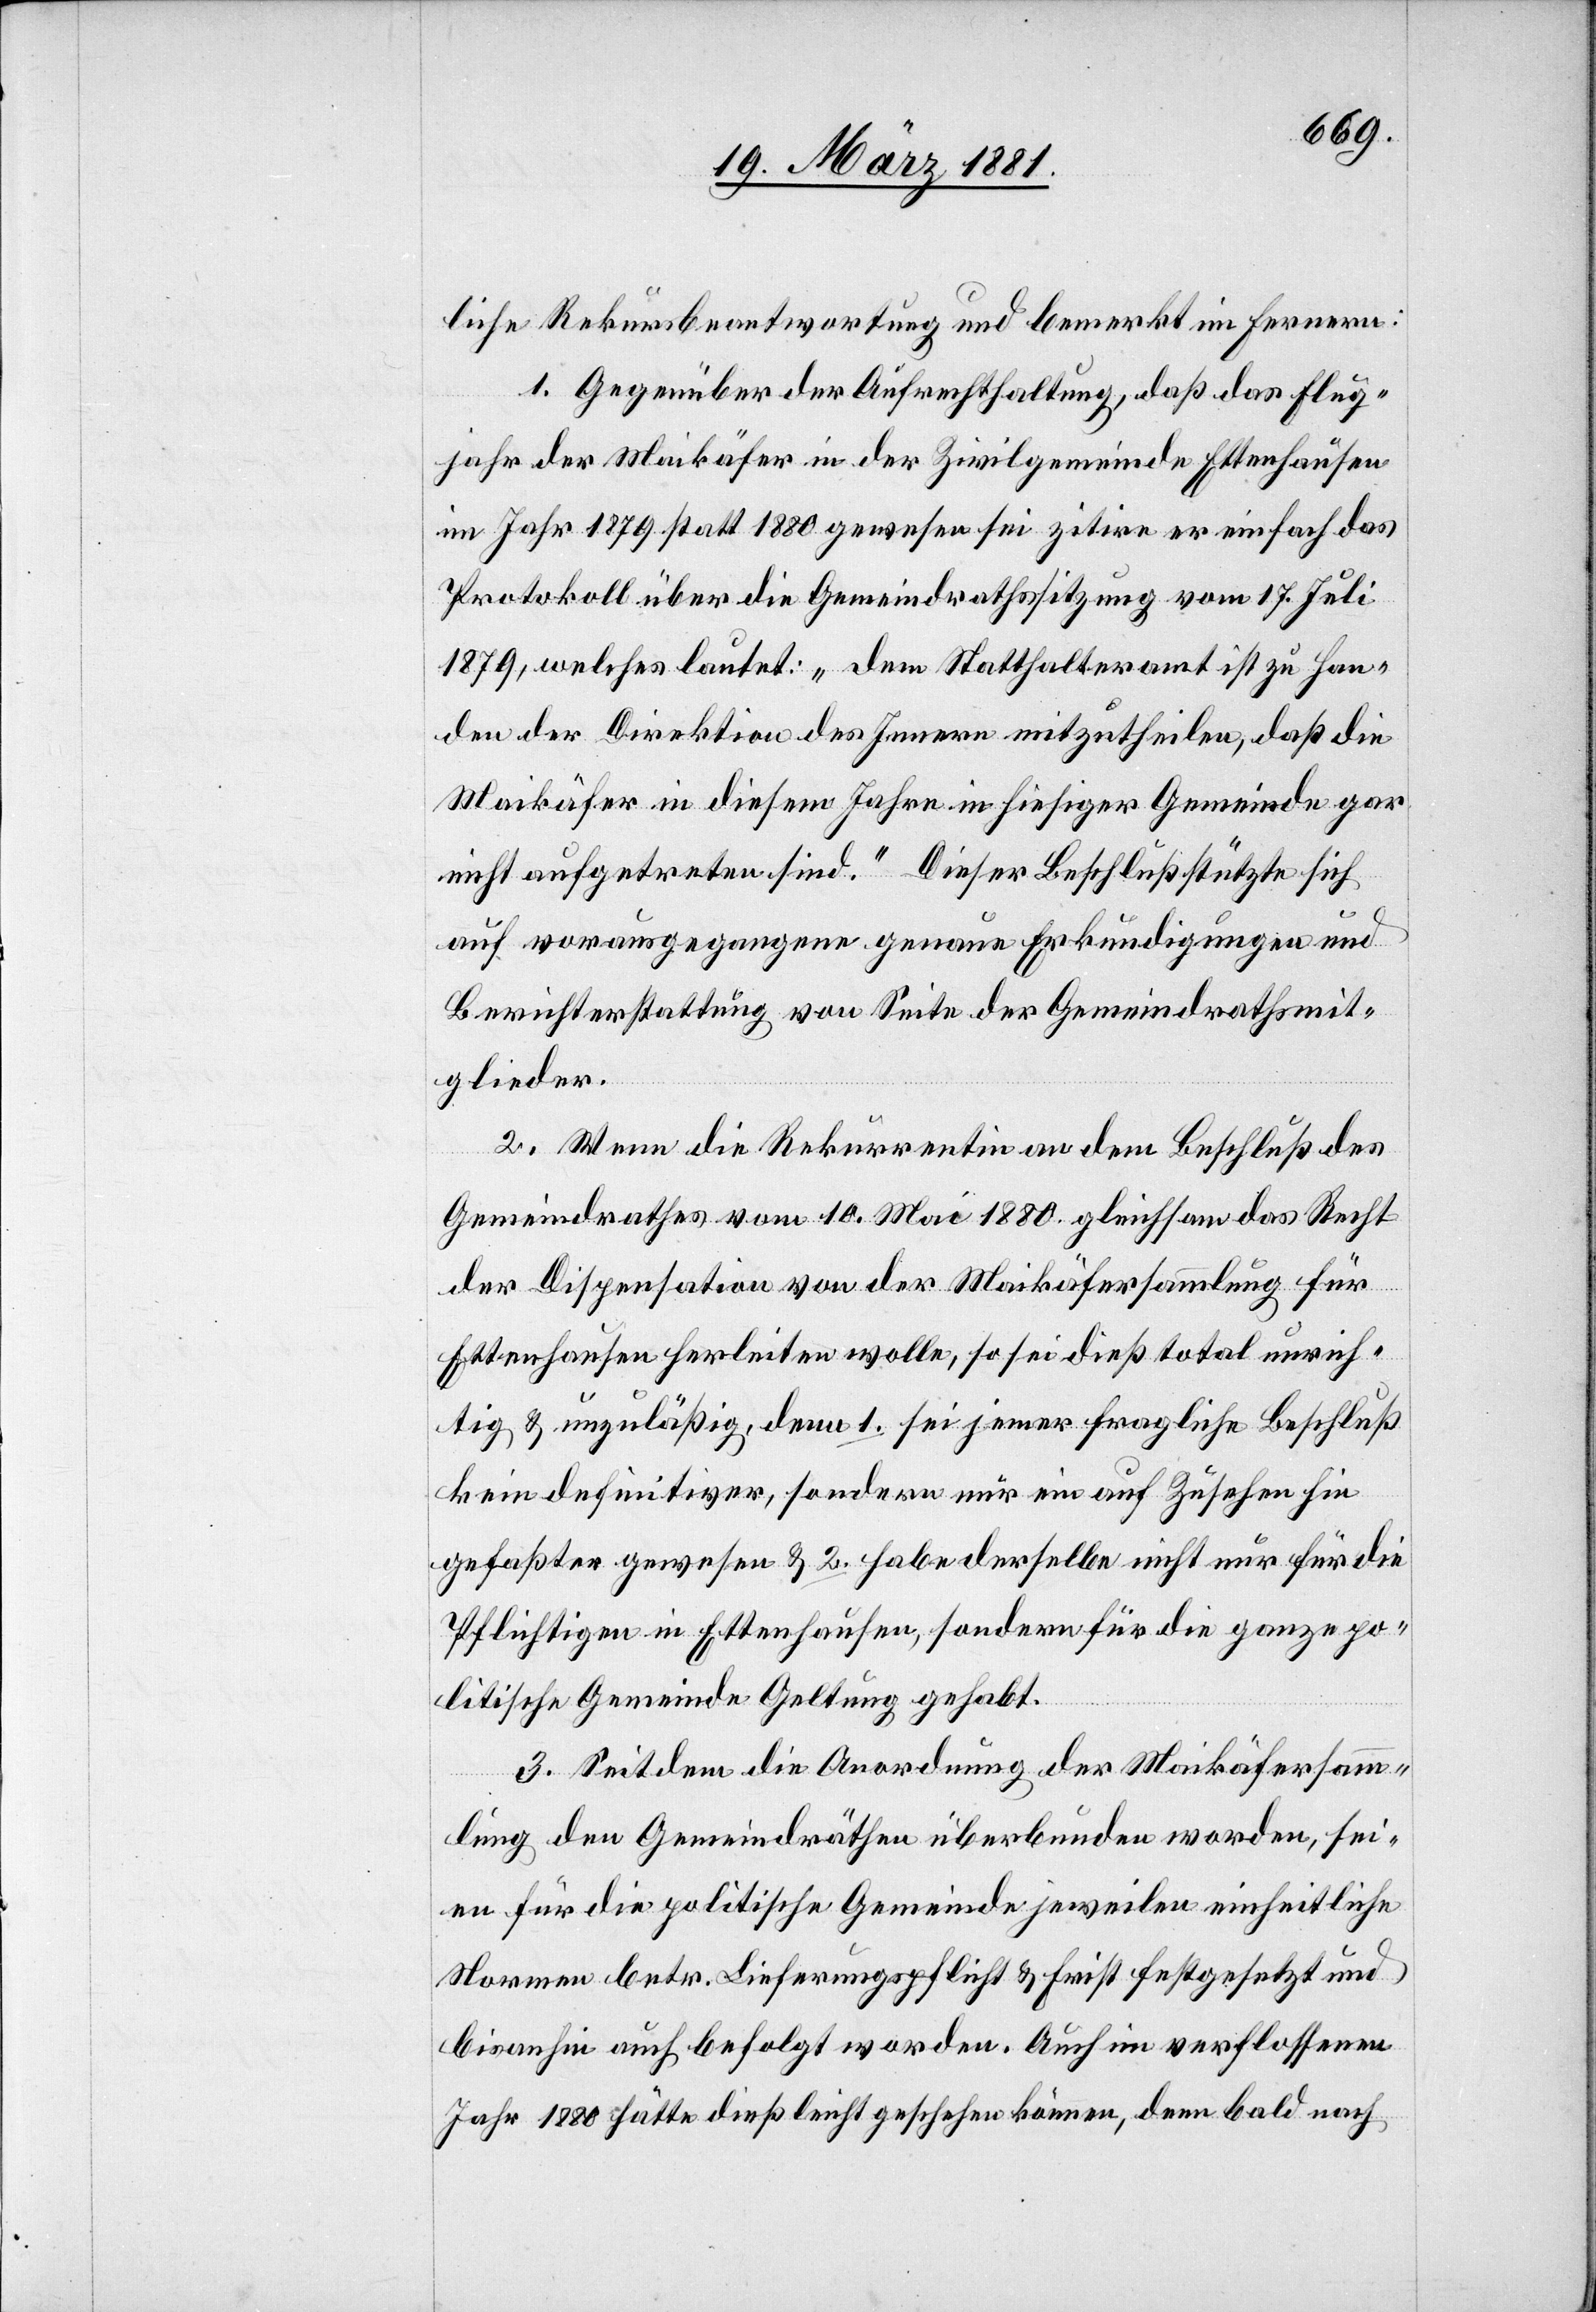
liche Rekursbeantwortung und bemerkt im Fernern:
1. Gegenüber der Aufrechthaltung, daß das Flug¬
jahr der Maikäfer in der Zivilgemeinde Ettenhausen
im Jahr 1879 statt 1880 gewesen sei zitire er einfach das
Protokoll über die Gemeindrathssitzung vom 17. Juli
1879, welches lautet: „dem Statthalteramt ist zu Han¬
den der Direktion des Innern mitzutheilen, daß die
Maikäfer in diesem Jahre in hiesiger Gemeinde gar
nicht aufgetreten sind.“ Dieser Beschluß stützte sich
auf vorausgegangene genaue Erkundigung und
Berichterstattung von Seite der Gemeindrathsmit¬
glieder.
Wenn die Rekurrentin an dem Beschluß des
Gemeindrathes vom 10. Mai 1880 gleichsam das Recht
der Dispensation von der Maikäfersammlung für
Ettenhausen herleiten wolle, so sei dieß total unrich¬
tig & unzuläßig, denn 1. sei jener fragliche Beschluß
kein definitiver, sondern nur ein auf Zusehen hin
gefaßter gewesen & 2. habe derselbe nicht nur für die
Pflichtigen in Ettenhausen, sondern für die ganze po¬
litische Gemeinde Geltung gehabt.
3. Seitdem die Anordnung der Maikäfersamm¬
lung den Gemeindräthen überbunden worden, sei¬
en für die politische Gemeinde jeweilen einheitliche
Normen betr. Lieferungspflicht & Frist festgesetzt und
bisanhin auch befolgt worden. Auch im verflossenen
Jahr 1880 hätte dieß leicht geschehen können, denn bald nach